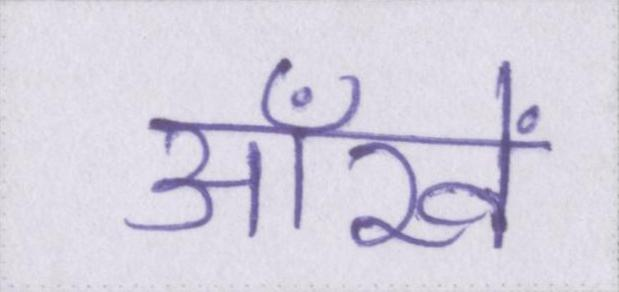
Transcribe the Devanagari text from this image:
आँखें